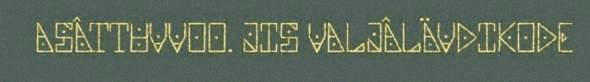
ASÂTTUVVOO. JIS VALJÂLÄVDIKODE